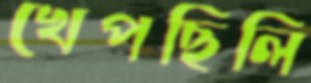
খেপছিলি